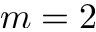
m = 2